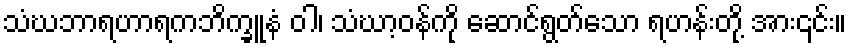
သံဃဘာရဟာရကဘိက္ခူနံ ဝါ၊ သံဃာ့ဝန်ကို ဆောင်ရွတ်သော ရဟန်းတို့ အား၎င်း။